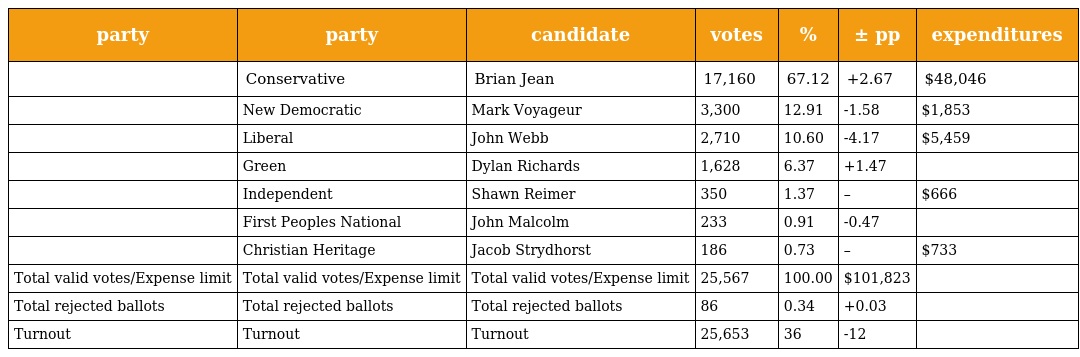
| party | party | candidate | votes | % | ± pp | expenditures |
 | --- | --- | --- | --- | --- | --- | --- |
 |  | Conservative | Brian Jean | 17,160 | 67.12 | +2.67 | $48,046 |
 |  | New Democratic | Mark Voyageur | 3,300 | 12.91 | -1.58 | $1,853 |
 |  | Liberal | John Webb | 2,710 | 10.60 | -4.17 | $5,459 |
 |  | Green | Dylan Richards | 1,628 | 6.37 | +1.47 |  |
 |  | Independent | Shawn Reimer | 350 | 1.37 | – | $666 |
 |  | First Peoples National | John Malcolm | 233 | 0.91 | -0.47 |  |
 |  | Christian Heritage | Jacob Strydhorst | 186 | 0.73 | – | $733 |
 | Total valid votes/Expense limit | Total valid votes/Expense limit | Total valid votes/Expense limit | 25,567 | 100.00 | $101,823 |  |
 | Total rejected ballots | Total rejected ballots | Total rejected ballots | 86 | 0.34 | +0.03 |  |
 | Turnout | Turnout | Turnout | 25,653 | 36 | -12 |  |